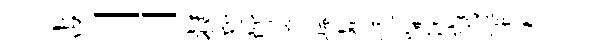
占」括迎郎迫掩髭迁牖沅鹰蜜杏